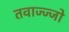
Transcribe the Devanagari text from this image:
तवाज्ज्जो